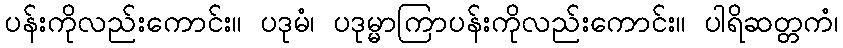
ပန်းကိုလည်းကောင်း။ ပဒုမံ၊ ပဒုမ္မာကြာပန်းကိုလည်းကောင်း။ ပါရိဆတ္တကံ၊